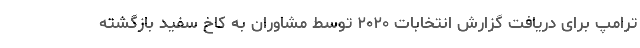
ترامپ برای دریافت گزارش انتخابات ۲۰۲۰ توسط مشاوران به کاخ سفید بازگشته